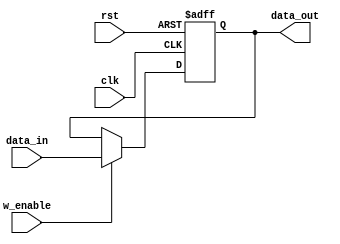
module bufferWE #(parameter N = 16) (input [N - 1:0] data_in, input clk, w_enable, rst, output reg  [N - 1:0] data_out);

	always @ (posedge clk, negedge rst)
	begin
		if (!rst)
			data_out <= 0;
		else if (w_enable)
			data_out <= data_in;
	end
endmodule